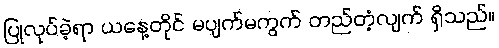
ပြုလုပ်ခဲ့ရာ ယနေ့တိုင် မပျက်မကွက် တည်တံ့လျက် ရှိသည်။